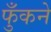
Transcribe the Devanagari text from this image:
फुँकने